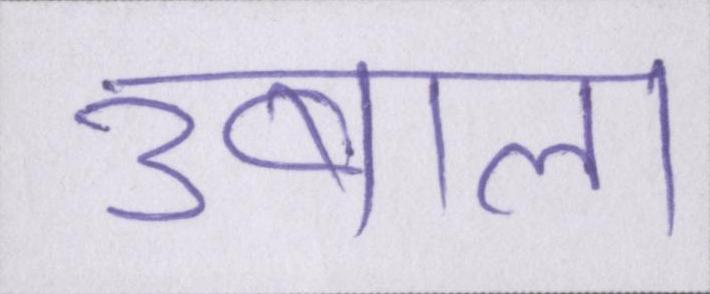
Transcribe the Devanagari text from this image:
उबाल